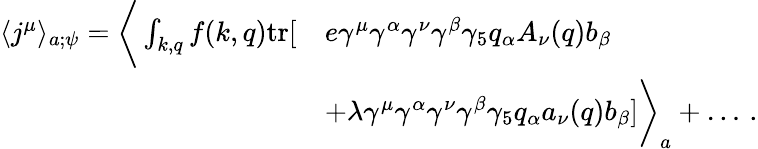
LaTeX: \begin{array}{rl}{\langle j^{\mu}\rangle_{a;\psi}=\bigg\langle\int_{k,q}f(k,q)\mathrm{tr}[}&{e\gamma^{\mu}\gamma^{\alpha}\gamma^{\nu}\gamma^{\beta}\gamma_{5}q_{\alpha}A_{\nu}(q)b_{\beta}}\\ &{+\lambda\gamma^{\mu}\gamma^{\alpha}\gamma^{\nu}\gamma^{\beta}\gamma_{5}q_{\alpha}a_{\nu}(q)b_{\beta}]\bigg\rangle_{a}+\dots\, .}\end{array}